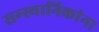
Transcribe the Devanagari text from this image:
सम्स्थानिकांना